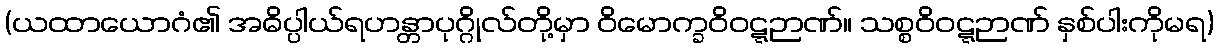
(ယထာယောဂံ၏ အဓိပ္ပါယ်ရဟန္တာပုဂ္ဂိုလ်တို့မှာ ဝိမောက္ခဝိဝဋ္ဋဉာဏ်။ သစ္စဝိဝဋ္ဋဉာဏ် နှစ်ပါးကိုမရ)